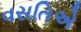
વસતિએ